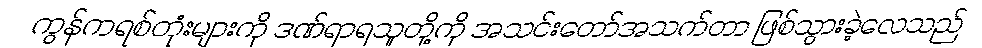
ကွန်ကရစ်တုံးများကို ဒဏ်ရာရသူတို့ကို အသင်းတော်အသက်တာ ဖြစ်သွားခဲ့လေသည်